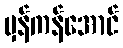
မှန်ကန်အောင်